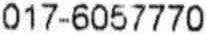
017-6057770